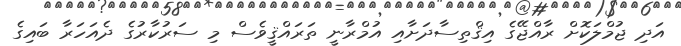
އަދި ޖުމްލަކޮށް ރާއްޖޭގެ އިޤްތިސާދަށާއި އުމްރާނީ ތަރައްޤީވެސް މި ސަރުކާރުގެ ދެއަހަރާ ބައިގެ